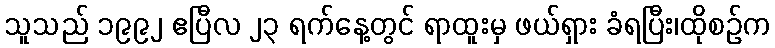
သူသည် ၁၉၉၂ ဧပြီလ ၂၃ ရက်နေ့တွင် ရာထူးမှ ဖယ်ရှား ခံရပြီး၊ထိုစဉ်က